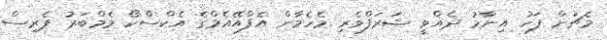
މެޗަށް ފަހު އިނާމު ދެއްވީ ޝަރަފްވެރި މެހެމާން އެފްއޭއެމްގެ އެކްސްކޯ މެމްބަރު ޕެރިސް